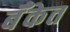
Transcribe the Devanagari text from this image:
बॅँकेत